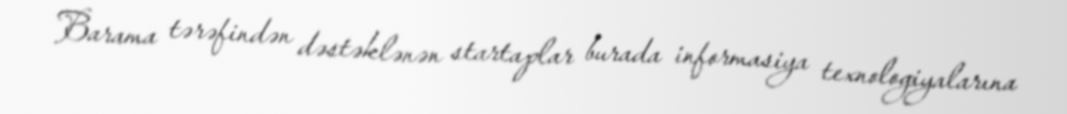
Barama tərəfindən dəstəklənən startaplar burada informasiya texnologiyalarına